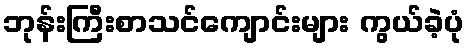
ဘုန်းကြီးစာသင်ကျောင်းများ ကွယ်ခဲ့ပုံ